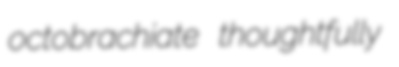
octobrachiate thoughtfully